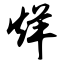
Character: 烊